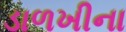
ડાળખીના